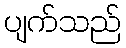
ပျက်သည်